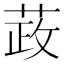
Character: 𰱞